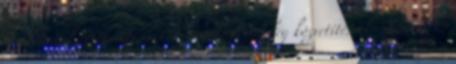
kiadványok értékesítésével - vásárlóerő vendég közvetítéssel - adatok és